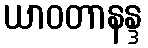
ယာဝတာနန္ဒ